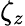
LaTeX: \zeta_{z}